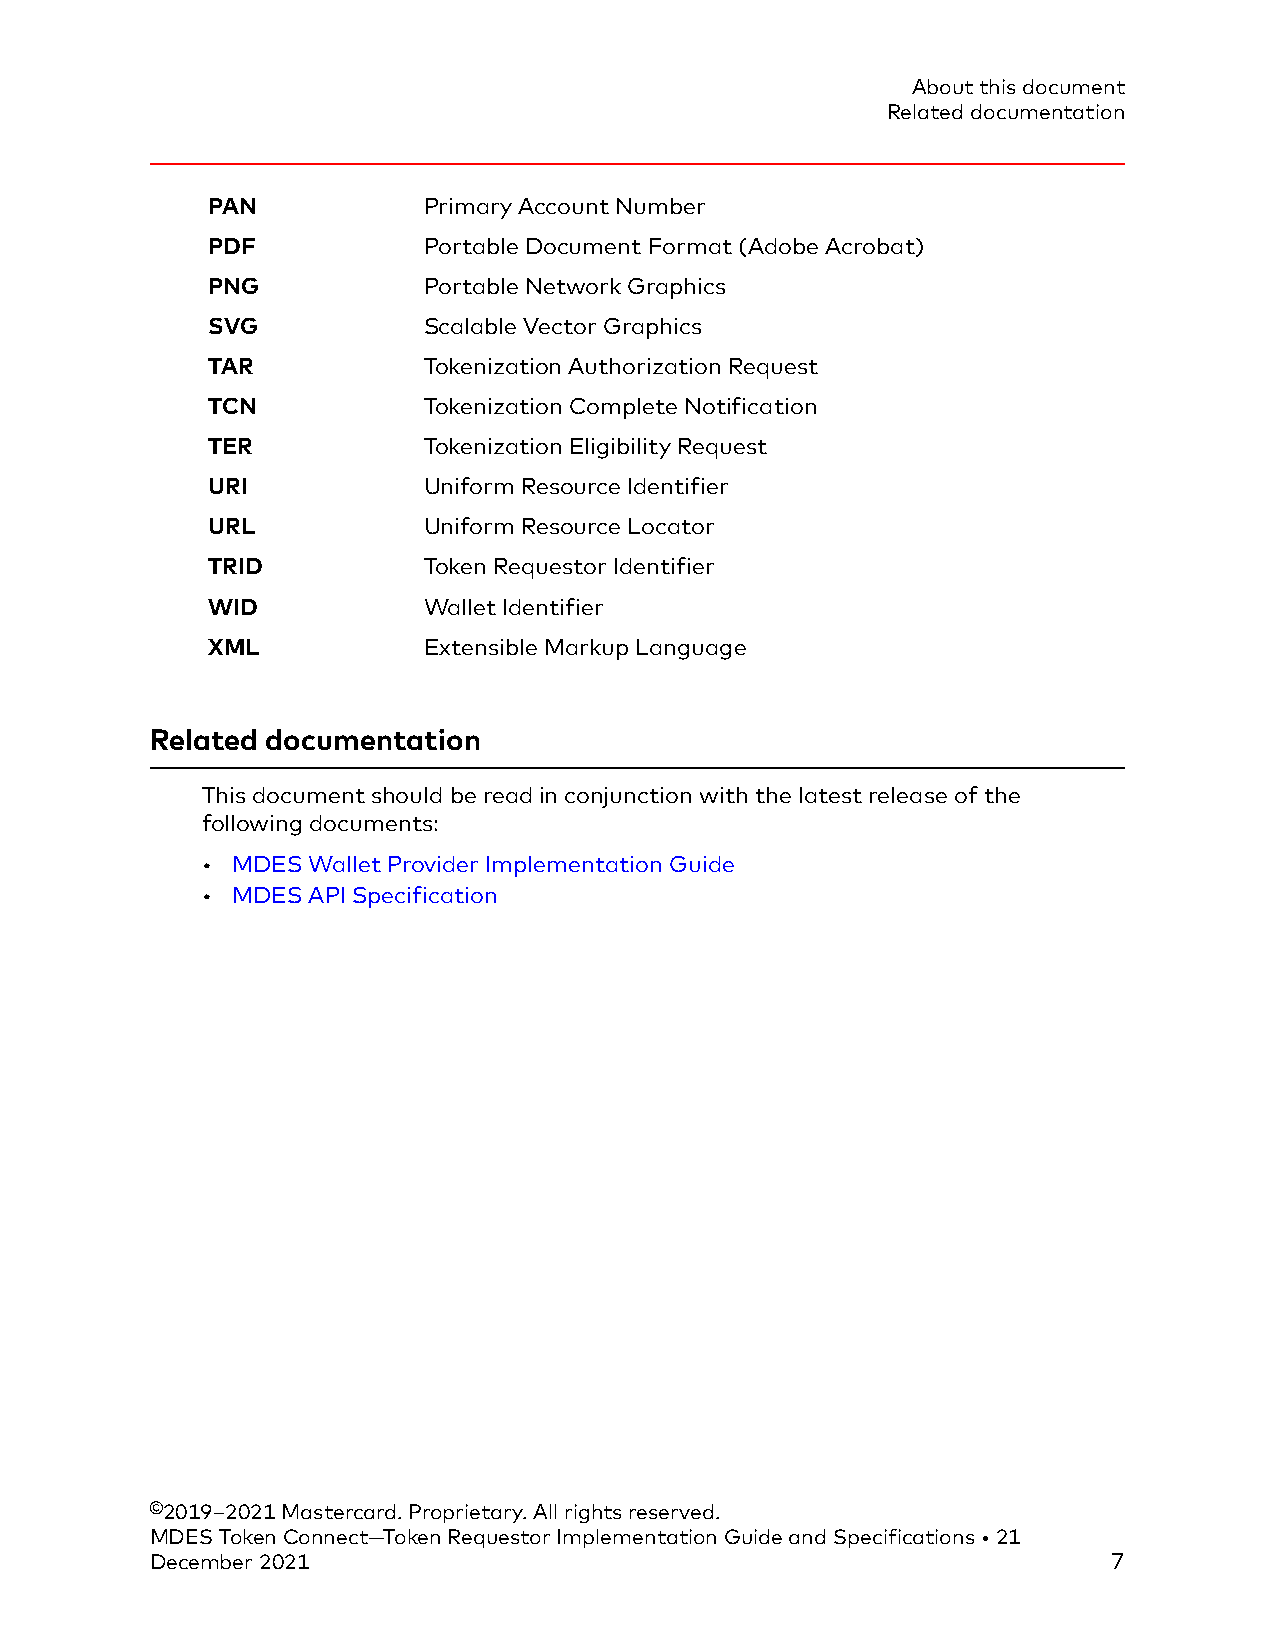
About this document
 Related documentation
 PAN           Primary Account Number
 PDF           Portable Document Format (Adobe Acrobat)
 PNG           Portable Network Graphics
 SVG           Scalable Vector Graphics
 TAR           Tokenization Authorization Request
 TCN           Tokenization Complete Notification
 TER           Tokenization Eligibility Request
 URI           Uniform Resource Identifier
 URL           Uniform Resource Locator
 TRID          Token Requestor Identifier
 WID           Wallet Identifier
 XML           Extensible Markup Language
 Related documentation
 This document should be read in conjunction with the latest release of the
 following documents:
 • MDES Wallet Provider Implementation Guide
 • MDES API Specification
 ©2019–2021 Mastercard. Proprietary. All rights reserved.
 MDES Token Connect—Token Requestor Implementation Guide and Specifications • 21
 December 2021                                                   7